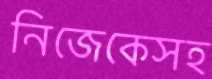
নিজেকেসহ